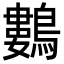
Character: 鷜